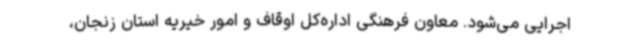
اجرایی می‌شود. معاون فرهنگی اداره‌کل اوقاف و امور خیریه استان زنجان،